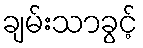
ချမ်းသာခွင့်